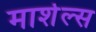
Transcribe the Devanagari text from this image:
मार्शल्स